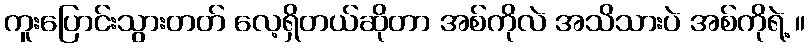
ကူးပြောင်းသွားတတ် လေ့ရှိတယ်ဆိုတာ အစ်ကိုလဲ အသိသားပဲ အစ်ကိုရဲ့ ။